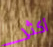
أكثر